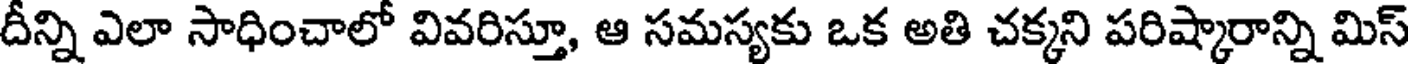
దీన్ని ఎలా సాధించాలో వివరిస్తూ, ఆ సమస్యకు ఒక అతి చక్కని పరిష్కారాన్ని మిస్